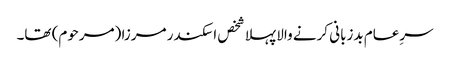
سرِعام بدزبانی کرنے والا پہلا شخص اسکندر مرزا (مرحوم) تھا۔